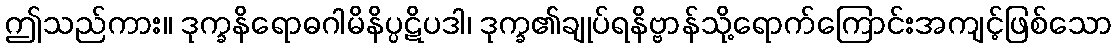
ဤသည်ကား။ ဒုက္ခနိရောဓဂါမိနိပ္ပဋိပဒါ၊ ဒုက္ခ၏ချုပ်ရနိဗ္ဗာန်သို့ရောက်ကြောင်းအကျင့်ဖြစ်သော